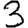
Digit: 3